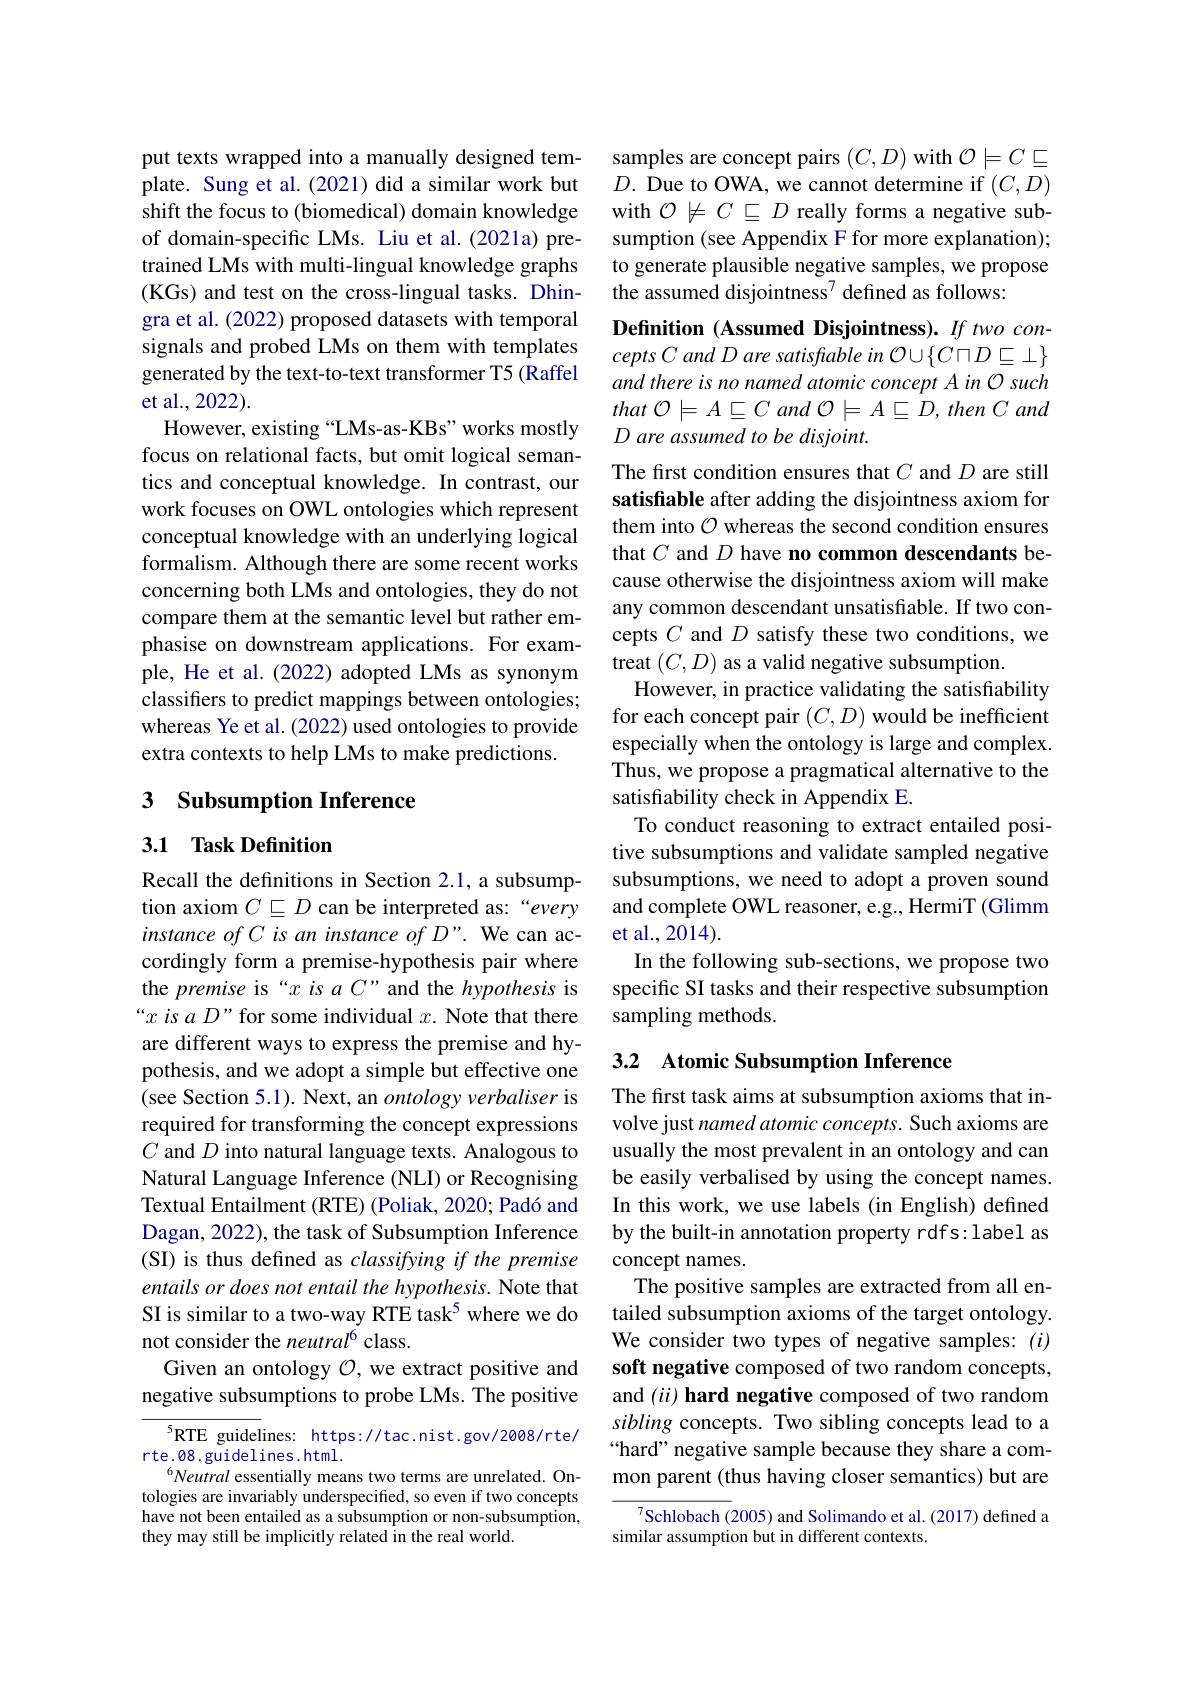
put texts wrapped into a manually designed template. Sung et al.(2021) did a similar work but shift the focus to (biomedical) domain knowledge of domain-specific LMs. Liu et al.(2021a) pretrained LMs with multi-lingual knowledge graphs (KGs) and test on the cross-lingual tasks. Dhingra et al. (2022) proposed datasets with temporal signals and probed LMs on them with templates generated by the text-to-text transformer T5 (Raffel et al., 2022).
However, existing “LMs-as-KBs” works mostly focus on relational facts, but omit logical semantics and conceptual knowledge. In contrast, our work focuses on OWL ontologies which represent conceptual knowledge with an underlying logical formalism. Although there are some recent works concerning both LMs and ontologies, they do not compare them at the semantic level but rather emphasise on downstream applications. For example, He et al. (2022) adopted LMs as synonym classifiers to predict mappings between ontologies; whereas Ye et al. (2022) used ontologies to provide extra contexts to help LMs to make predictions.

## 3 Subsumption Inference

## 3.1 Task Definition

Recall the definitions in Section 2.1, a subsumption axiom $C\sqsubseteq D$ can be interpreted as:“every instance of C is an instance of D". We can accordingly form a premise-hypothesis pair where the premise is “x is a C” and the hypothesis is “x is $aD$”for some individual $x.$ Note that there are different ways to express the premise and hypothesis, and we adopt a simple but effective one (see Section 5.1). Next, an ontology verbaliser is required for transforming the concept expressions $C$ and $D$ into natural language texts. Analogous to Natural Language Inference (NLI) or Recognising Textual Entailment (RTE) (Poliak, 2020; Padó and Dagan, 2022), the task of Subsumption Inference (SI) is thus defined as classifying if the premise entails or does not entail the hypothesis. Note that SI is similar to a two-way RTE task$^{5}$ where we do not consider the neutral$^{6}$ class.
Given an ontology $\mathcal{O}$, we extract positive and negative subsumptions to probe LMs. The positive

$^5$RTE guidelines: https://tac.nist.gov/2008/rte/
rte.08.guidelines.html.
$^6Neutral$ essentially means two terms are unrelated. Ontologies are invariably underspecified, so even if two concepts have not been entailed as a subsumption or non-subsumption, they may still be implicitly related in the real world.

samples are concept pairs $(C,D)$ with $\mathcal{O}\models C\sqsubseteq$ $D.$ Due to OWA, we cannot determine if $(C,D)$ with $\mathcal{O}\not\models C\subseteq D$ really forms a negative subsumption (see Appendix F for more explanation); to generate plausible negative samples, we propose the assumed disjointness$^{7}$ defined as follows:

Definition (Assumed Disjointness). If two concepts C and D are satisfable in O U $\{C\sqcap D\sqsubseteq\bot\}$ and there is no named atomic concept A in O such that $\mathcal{O} \models A\sqsubseteq C$ and $\mathcal{O} \models A\sqsubseteq D$, then $C$ and $D\textit{are assumed to be disjoint. }$
The first condition ensures that $C$ and $D$ are still satisfiable after adding the disjointness axiom for them into $\mathcal{O}$ whereas the second condition ensures that $C$ and $D$ have no common descendants because otherwise the disjointness axiom will make any common descendant unsatisfiable. If two concepts $C$ and $D$ satisfy these two conditions, we treat $(C,D)$ as a valid negative subsumption.
However, in practice validating the satisfiability for each concept pair $(C,D)$ would be inefficient especially when the ontology is large and complex. Thus, we propose a pragmatical alternative to the satisfiability check in Appendix E.
To conduct reasoning to extract entailed positive subsumptions and validate sampled negative subsumptions, we need to adopt a proven sound and complete OWL reasoner, e.g., HermiT (Glimm et al., 2014).
In the following sub-sections, we propose two specific SI tasks and their respective subsumption sampling methods.

## 3.2 Atomic Subsumption Inference

The first task aims at subsumption axioms that involve just named atomic concepts. Such axioms are usually the most prevalent in an ontology and can be easily verbalised by using the concept names. In this work, we use labels (in English) defined by the built-in annotation property rdfs:label as concept names.
The positive samples are extracted from all entailed subsumption axioms of the target ontology. We consider two types of negative samples: (i) soft negative composed of two random concepts, and $( ii) \textbf{hard negative composed of two random}$ sibling concepts. Two sibling concepts lead to a “hard” negative sample because they share a common parent (thus having closer semantics) but are

$^{7}$Schlobach (2005) and Solimando et al. (2017) defined a
similar assumption but in different contexts.